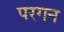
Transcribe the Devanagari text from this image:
परगन